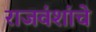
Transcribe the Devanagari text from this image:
राजवंशांचे